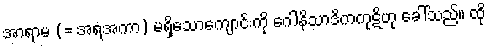
အာရာမ (= အရံအကာ) မရှိသောကျောင်းကို ဂေါနိသာဒိကကုဋိဟု ခေါ်သည်။ ထို